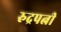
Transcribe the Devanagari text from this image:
रुद्रपत्नी